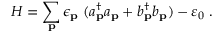
{ \cal H } = \sum _ { { \bf { p } } } \epsilon _ { { \bf { p } } } \; ( a _ { { \bf { p } } } ^ { \dagger } a _ { { \bf { p } } } + b _ { { \bf { p } } } ^ { \dagger } b _ { { \bf { p } } } ) - \varepsilon _ { 0 } \; .